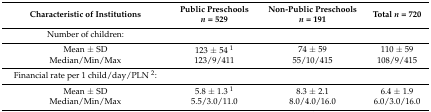
<table><thead><tr><td><b>Characteristic of Institutions</b></td><td><b>Public Preschools <i>n</i> = 529</b></td><td><b>Non-Public Preschools <i>n</i> = 191</b></td><td><b>Total <i>n</i> = 720</b></td></tr></thead><tbody><tr><td>Number of children:</td><td></td><td></td><td></td></tr><tr><td>Mean ± SD</td><td>123 ± 54 <sup>1</sup></td><td>74 ± 59</td><td>110 ± 59</td></tr><tr><td>Median/Min/Max</td><td>123/9/411</td><td>55/10/415</td><td>108/9/415</td></tr><tr><td>Financial rate per 1 child/day/PLN <sup>2</sup>:</td><td></td><td></td><td></td></tr><tr><td>Mean ± SD</td><td>5.8 ± 1.3 <sup>1</sup></td><td>8.3 ± 2.1</td><td>6.4 ± 1.9</td></tr><tr><td>Median/Min/Max</td><td>5.5/3.0/11.0</td><td>8.0/4.0/16.0</td><td>6.0/3.0/16.0</td></tr></tbody></table>